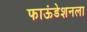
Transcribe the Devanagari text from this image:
फाऊंडेशनला